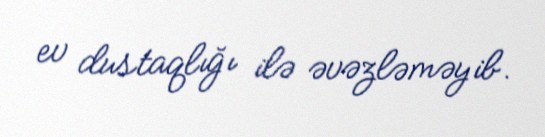
ev dustaqlığı ilə əvəzləməyib.